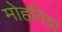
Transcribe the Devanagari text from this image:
मोहनिद्रां